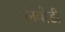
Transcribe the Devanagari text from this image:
लंबोडी